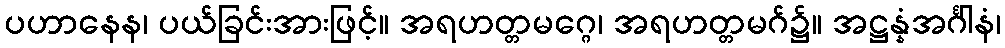
ပဟာနေန၊ ပယ်ခြင်းအားဖြင့်။ အရဟတ္တမဂ္ဂေ၊ အရဟတ္တမဂ်၌။ အဋ္ဌန္နံအင်္ဂါနံ၊